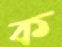
ক